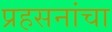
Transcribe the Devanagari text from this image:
प्रहसनांचा